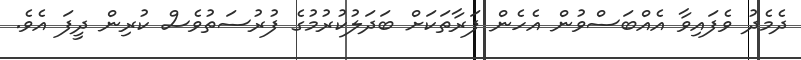
ދެމެދު ވެފައިވާ އެއްބަސްވުން އެހެން ފަރާތަކަށް ބަދަލުކުރުމުގެ ފުރުސަތުވެސް ކުރިން ދީފަ އެވެ.